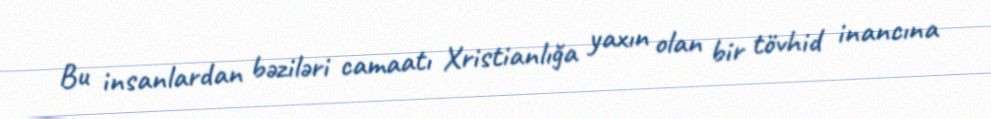
Bu insanlardan bəziləri camaatı Xristianlığa yaxın olan bir tövhid inancına